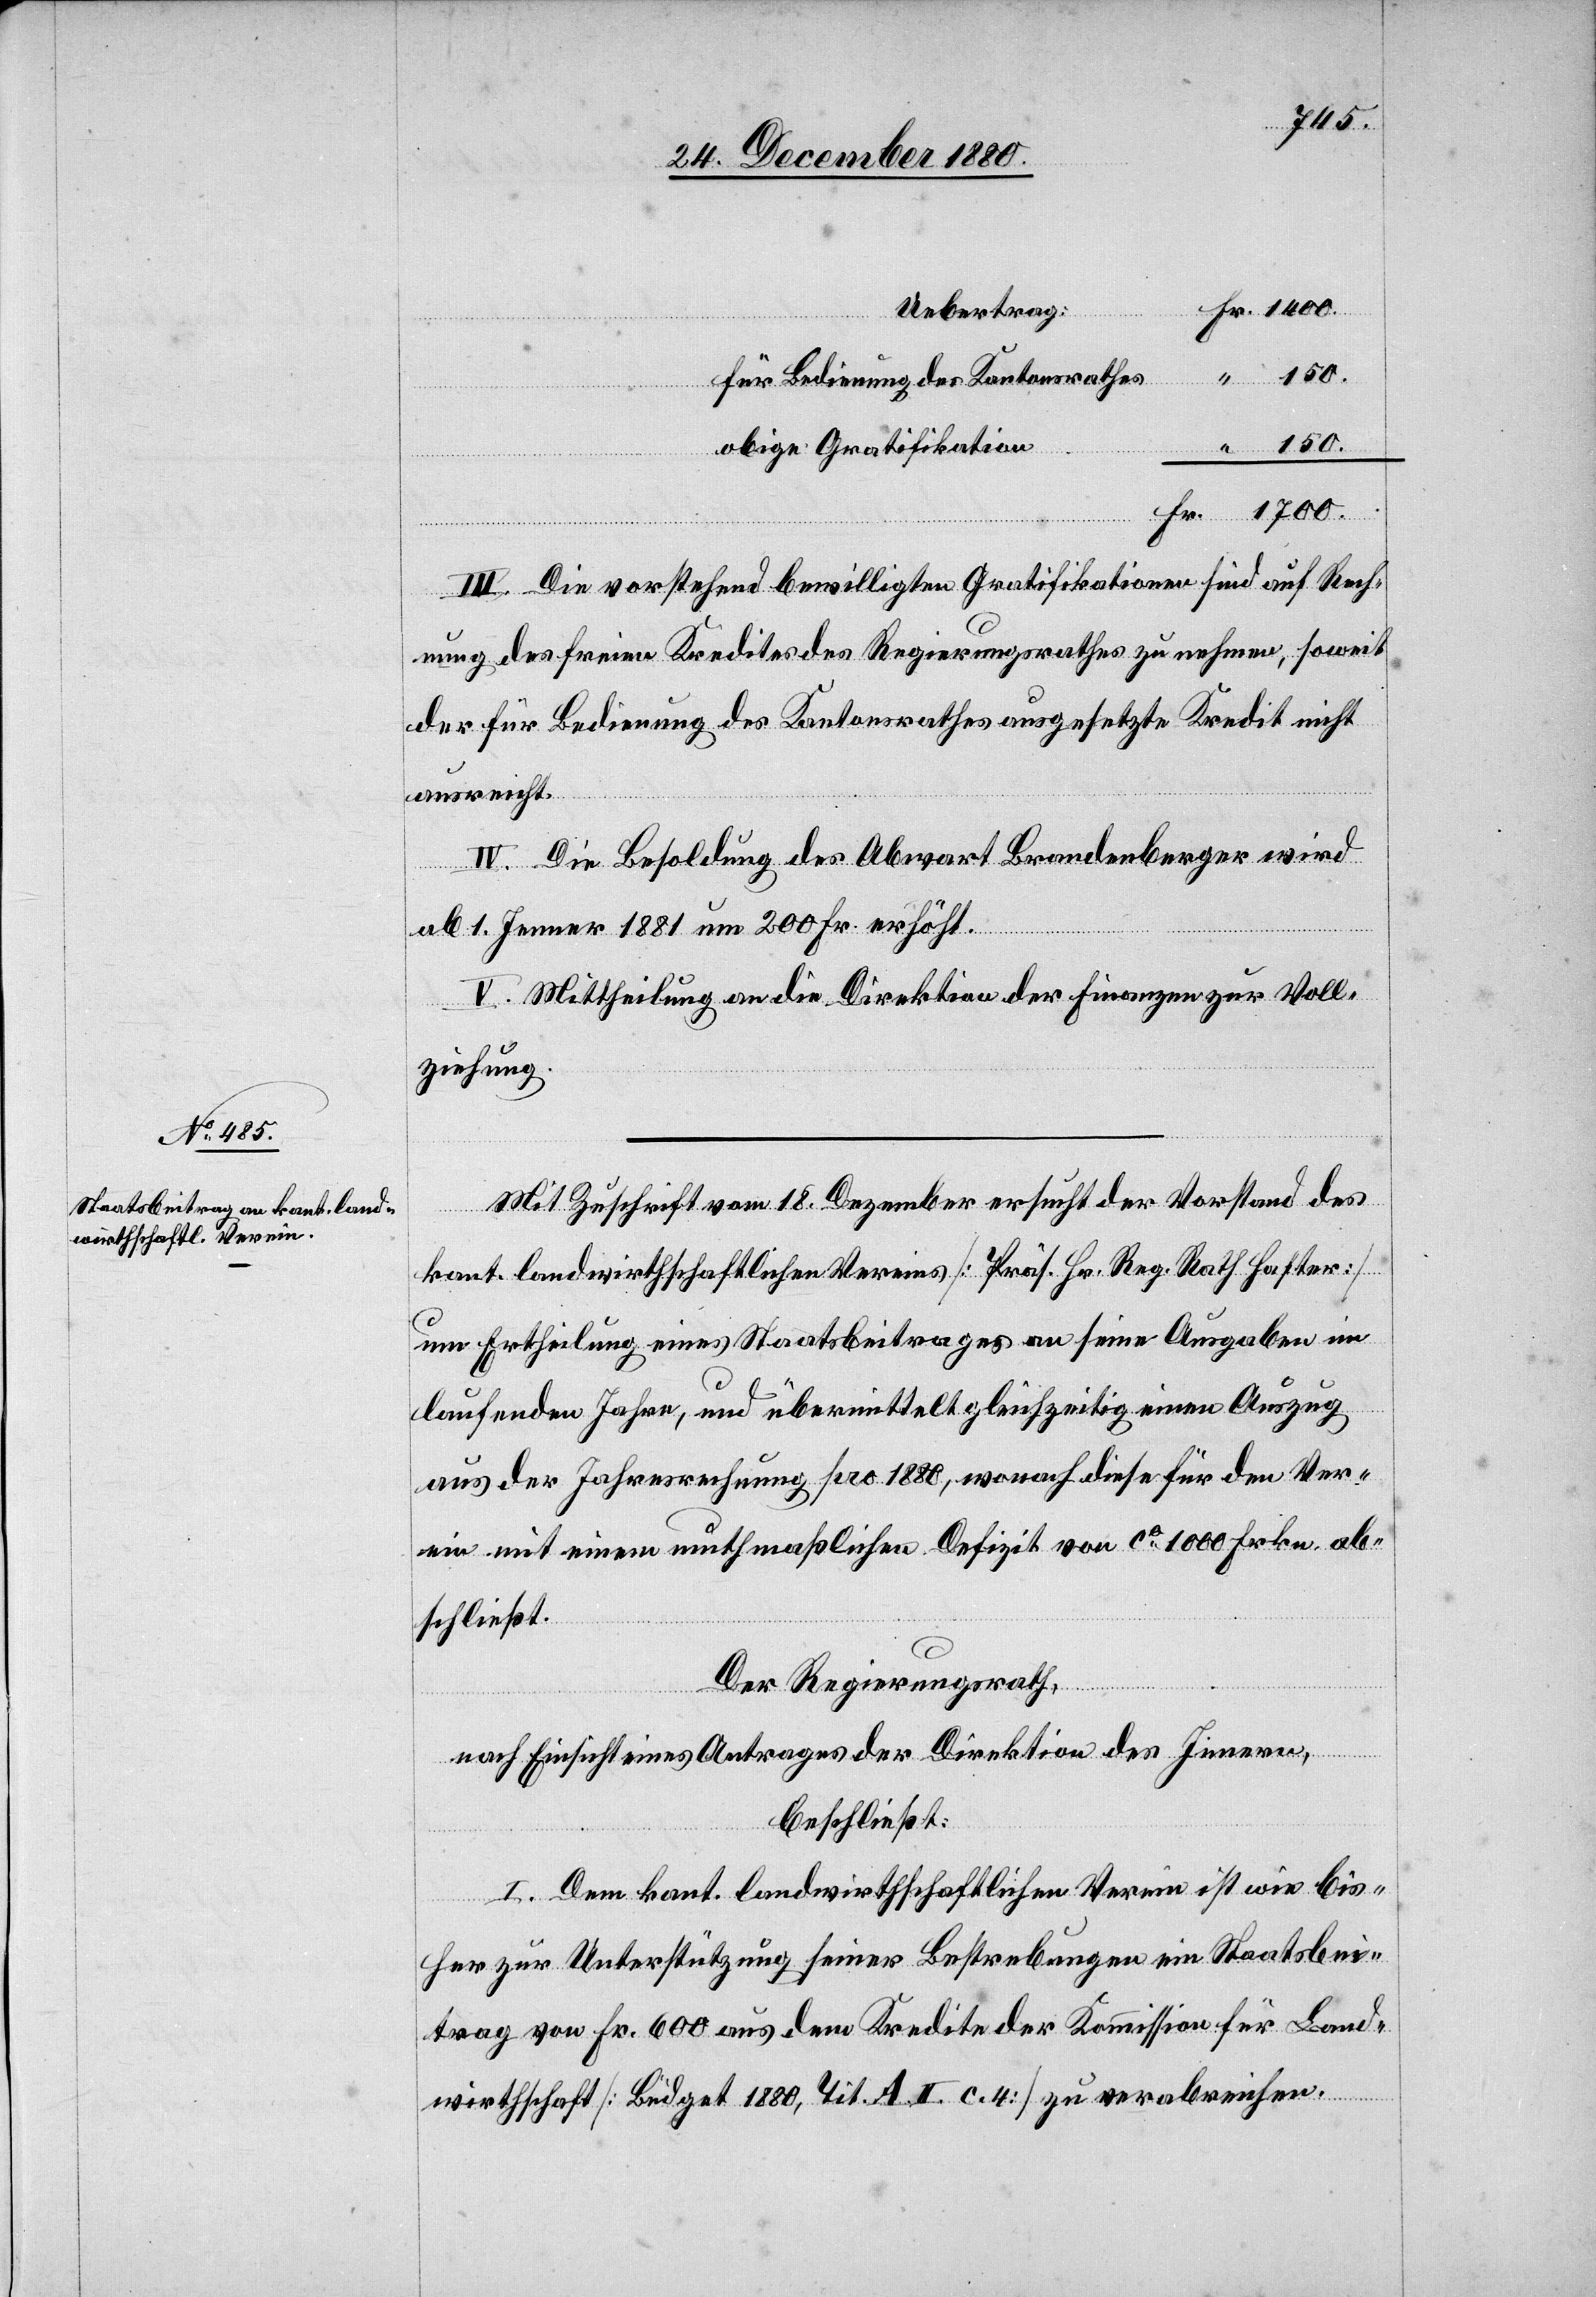
150.
Uebertrag:
für Bedienung des Kantonsrathes
150.
obige Gratifikation
Fr.
III. Die vorstehend bewilligten Gratifikationen sind auf Rech¬
nung des freien Kredites des Regierungsrathes zu nehmen, soweit
der für Bedienung des Kantonsrathes ausgesetzte Kredit nicht
ausreicht.
IV. Die Besoldung des Abwart Brandenberger wird
ab 1. Jenner 1881 um 200 Fr. erhöht.
V. Mittheilung an die Direktion der Finanzen zur Voll¬
ziehung.